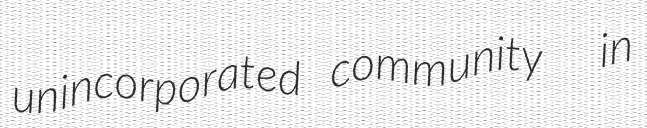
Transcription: unincorporated community  in